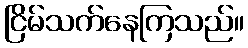
ငြိမ်သက်နေကြသည်။